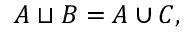
A \sqcup B = A \cup C ,